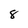
Character: 8